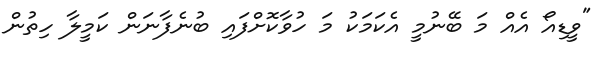
"ވީޑިއޯ އެއް މަ ބޭނުމީ އެކަމަކު މަ ހުވާކޮށްފައި ބުނެފާނަން ކަމީލާ ހިތުން